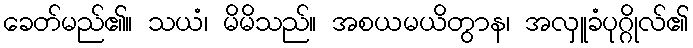
ခေတ်မည်၏။ သယံ၊ မိမိသည်။ အစယမယိတွာန၊ အလှူခံပုဂ္ဂိုလ်၏